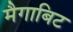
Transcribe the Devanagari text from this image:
मैगाबिट